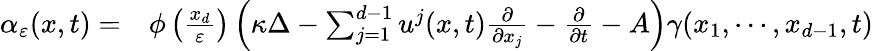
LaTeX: \begin{array}{rl}{\alpha_{\varepsilon}(x,t)=}&{{}\phi\left(\frac{x_{d}}{\varepsilon}\right)\left(\kappa\Delta-\sum_{j=1}^{d-1}u^{j}(x,t)\frac{\partial}{\partial x_{j}}-\frac{\partial}{\partial t}-A\right)\gamma(x_{1},\cdots,x_{d-1},t)}\end{array}